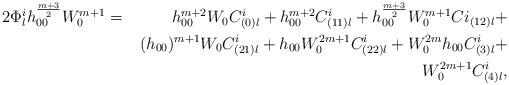
LaTeX: \begin{align*} 2\Phi^i_lh_{00}^{\frac{m+3}{2}} W_0^{m+1} &=& h_{00}^{m+2}W_0C^i_{(0)l} + h_{00}^{m+2} C^i_{(11)l} + h_{00}^{\frac{m+3}{2}} W_0^{m+1} Ci_{(12)l} + \\ && (h_{00})^{m+1}W_0C^i_{(21)l} + h_{00}W_0^{2m+1} C^i_{(22)l} + W_0^{2m} h_{00}C^i_{(3)l} + \\ && W_0^{2m+1}C^i_{(4)l}, \end{align*}